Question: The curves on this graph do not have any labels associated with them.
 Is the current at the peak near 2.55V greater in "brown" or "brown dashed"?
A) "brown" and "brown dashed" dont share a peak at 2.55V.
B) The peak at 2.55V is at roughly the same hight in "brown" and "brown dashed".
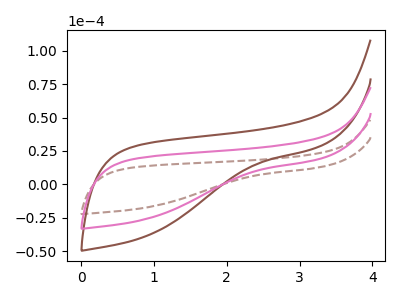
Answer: <think>The brown dashed curve "brown dashed" has no peaks. The brown curve "brown" has no peaks. The pink curve "pink" has no peaks.</think>
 <answer>A) "brown" and "brown dashed" dont share a peak at 2.55V.</answer>
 <eval>A</eval>